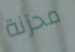
محزنة